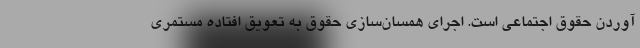
آوردن حقوق اجتماعی است. اجرای همسان‌سازی حقوق به تعویق افتاده مستمری